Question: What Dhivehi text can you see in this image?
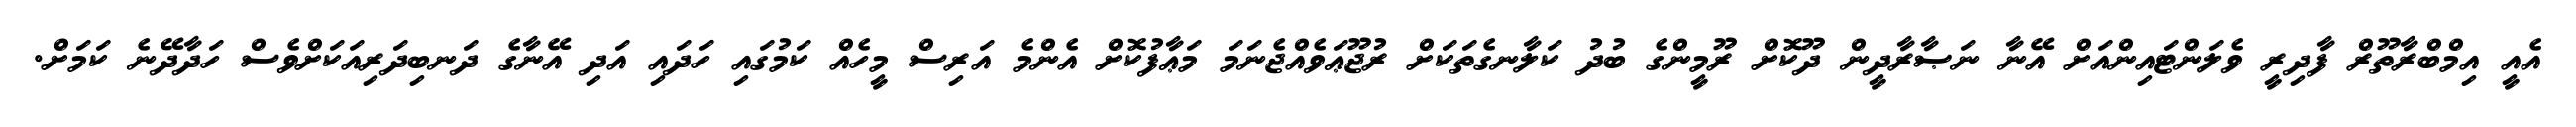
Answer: އެއީ އިމްބްރާތޫރް ފާދިރީ ވެލަންޓައިންއަށް އޭނާ ނަޞާރާދީން ދޫކޮށް ރޫމީންގެ ބުދު ކަލާނގެތަކަށް ރުޖޫޢަވެއްޖެނަމަ މަޢާފުކޮށް އެންމެ އަރިސް މީހެއް ކަމުގައި ހަދައި އަދި އޭނާގެ ދަނބިދަރިއަކަށްވެސް ހަދާދޭނެ ކަމަށް.